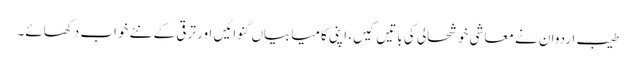
طیب اردوان نے معاشی خوشحالی کی باتیں کیں، اپنی کامیابیاں گنوائیں اور ترقی کے نئے خواب دکھائے۔